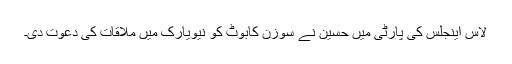
لاس اینجلس کی پارٹی میں حسین نے سوزن کابوٹ کو نیویارک میں ملاقات کی دعوت دی۔